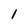
Character: 1